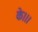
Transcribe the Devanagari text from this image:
के।।।